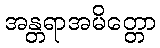
အန္တရာအမိတ္တော